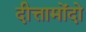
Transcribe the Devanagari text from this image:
दीत्तामोंदो